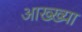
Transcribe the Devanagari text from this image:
आख्‍ख्या